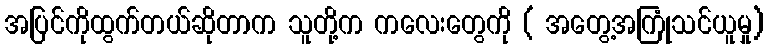
အပြင်ကိုထွက်တယ်ဆိုတာက သူတို့က ကလေးတွေကို ( အတွေ့အကြုံသင်ယူမှု)